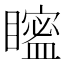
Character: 𥋱